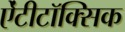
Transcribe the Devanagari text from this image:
ऐंटीटॉक्सिक